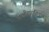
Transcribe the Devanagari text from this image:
साक्षीदाराशिवाय